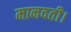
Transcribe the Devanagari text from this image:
मानवती।